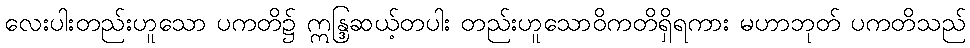
လေးပါးတည်းဟူသော ပကတိ၌ ဣန္ဒြဆယ့်တပါး တည်းဟူသောဝိကတိရှိရကား မဟာဘုတ် ပကတိသည်